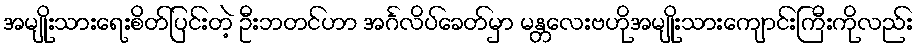
အမျိုးသားရေးစိတ်ပြင်းတဲ့ ဦးဘတင်ဟာ အင်္ဂလိပ်ခေတ်မှာ မန္တလေးဗဟိုအမျိုးသားကျောင်းကြီးကိုလည်း